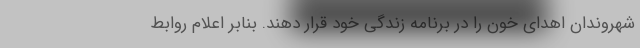
شهروندان اهدای خون را در برنامه زندگی خود قرار دهند. بنابر اعلام روابط